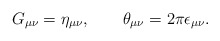
\begin{align*}G_{\mu\nu}=\eta_{\mu\nu}, \qquad \theta_{\mu\nu}=2\pi \epsilon_{\mu\nu}.\end{align*}